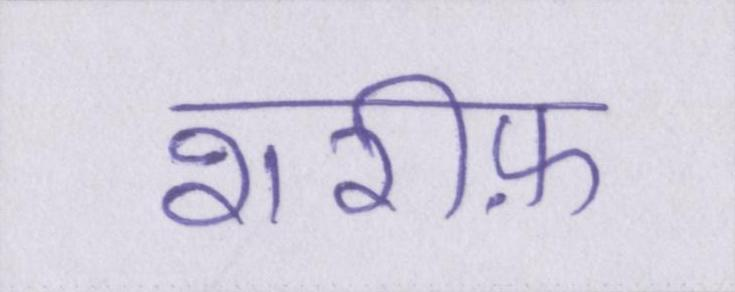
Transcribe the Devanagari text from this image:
शरीफ़